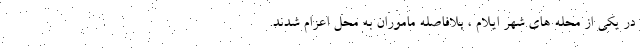
در یکی از محله های شهر ایلام ، بلافاصله ماموران به محل اعزام شدند.